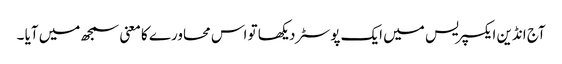
آج انڈین ایکسپریس میں ایک پوسٹر دیکھا تو اس محاورے کا معنی سمجھ میں آیا ۔